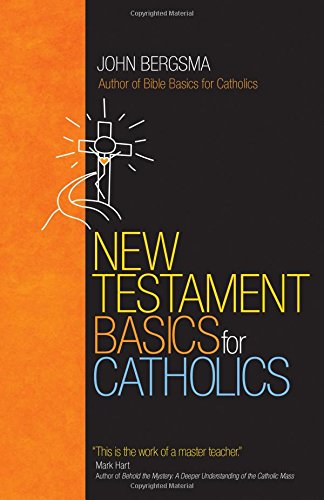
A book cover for New Testament Basics for Catholics; John Bergsma; Christian Books & Bibles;